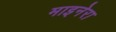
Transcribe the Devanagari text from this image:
माइनेरा